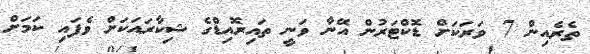
ތެރެއިން 7 ވަރަކަށް ޑޮކްޓަރުން އޭނާ ވަނީ ތައިރޮއިޑްގެ ޝިކާރައަކަށް ވެފައި ކަމަށް